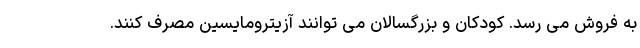
به فروش می رسد. کودکان و بزرگسالان می توانند آزیترومایسین مصرف کنند.